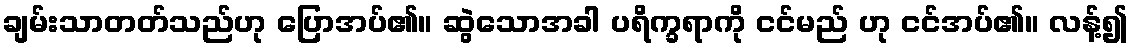
ချမ်းသာတတ်သည်ဟု ပြောအပ်၏။ ဆွဲသောအခါ ပရိက္ခရာကို ငင်မည် ဟု ငင်အပ်၏။ လန့်၍